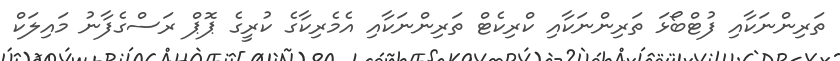
ތަރިންނަކާއި ފުޓްބޯޅަ ތަރިންނަކާއި ކްރިކެޓް ތަރިންނަކާއި އެމެރިކާގެ ކުރީގެ ޕޮޕް ރަސްގެފާނު މައިލަކް